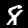
Digit: 8